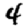
Digit: 4